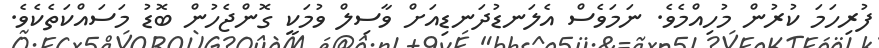
ފުރިހަމަ ކުރުން މުހިއްމެވެ. ނަމަވެސް އެލަނޑުދަނޑިއަށް ވާސިލް ވުމަކީ ގޮންޖެހުން ބޮޑު މަސައްކަތެކެވެ.